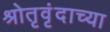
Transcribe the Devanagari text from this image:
श्रोतृवृंदाच्या